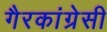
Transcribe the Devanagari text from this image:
गैरकांग्रेसी